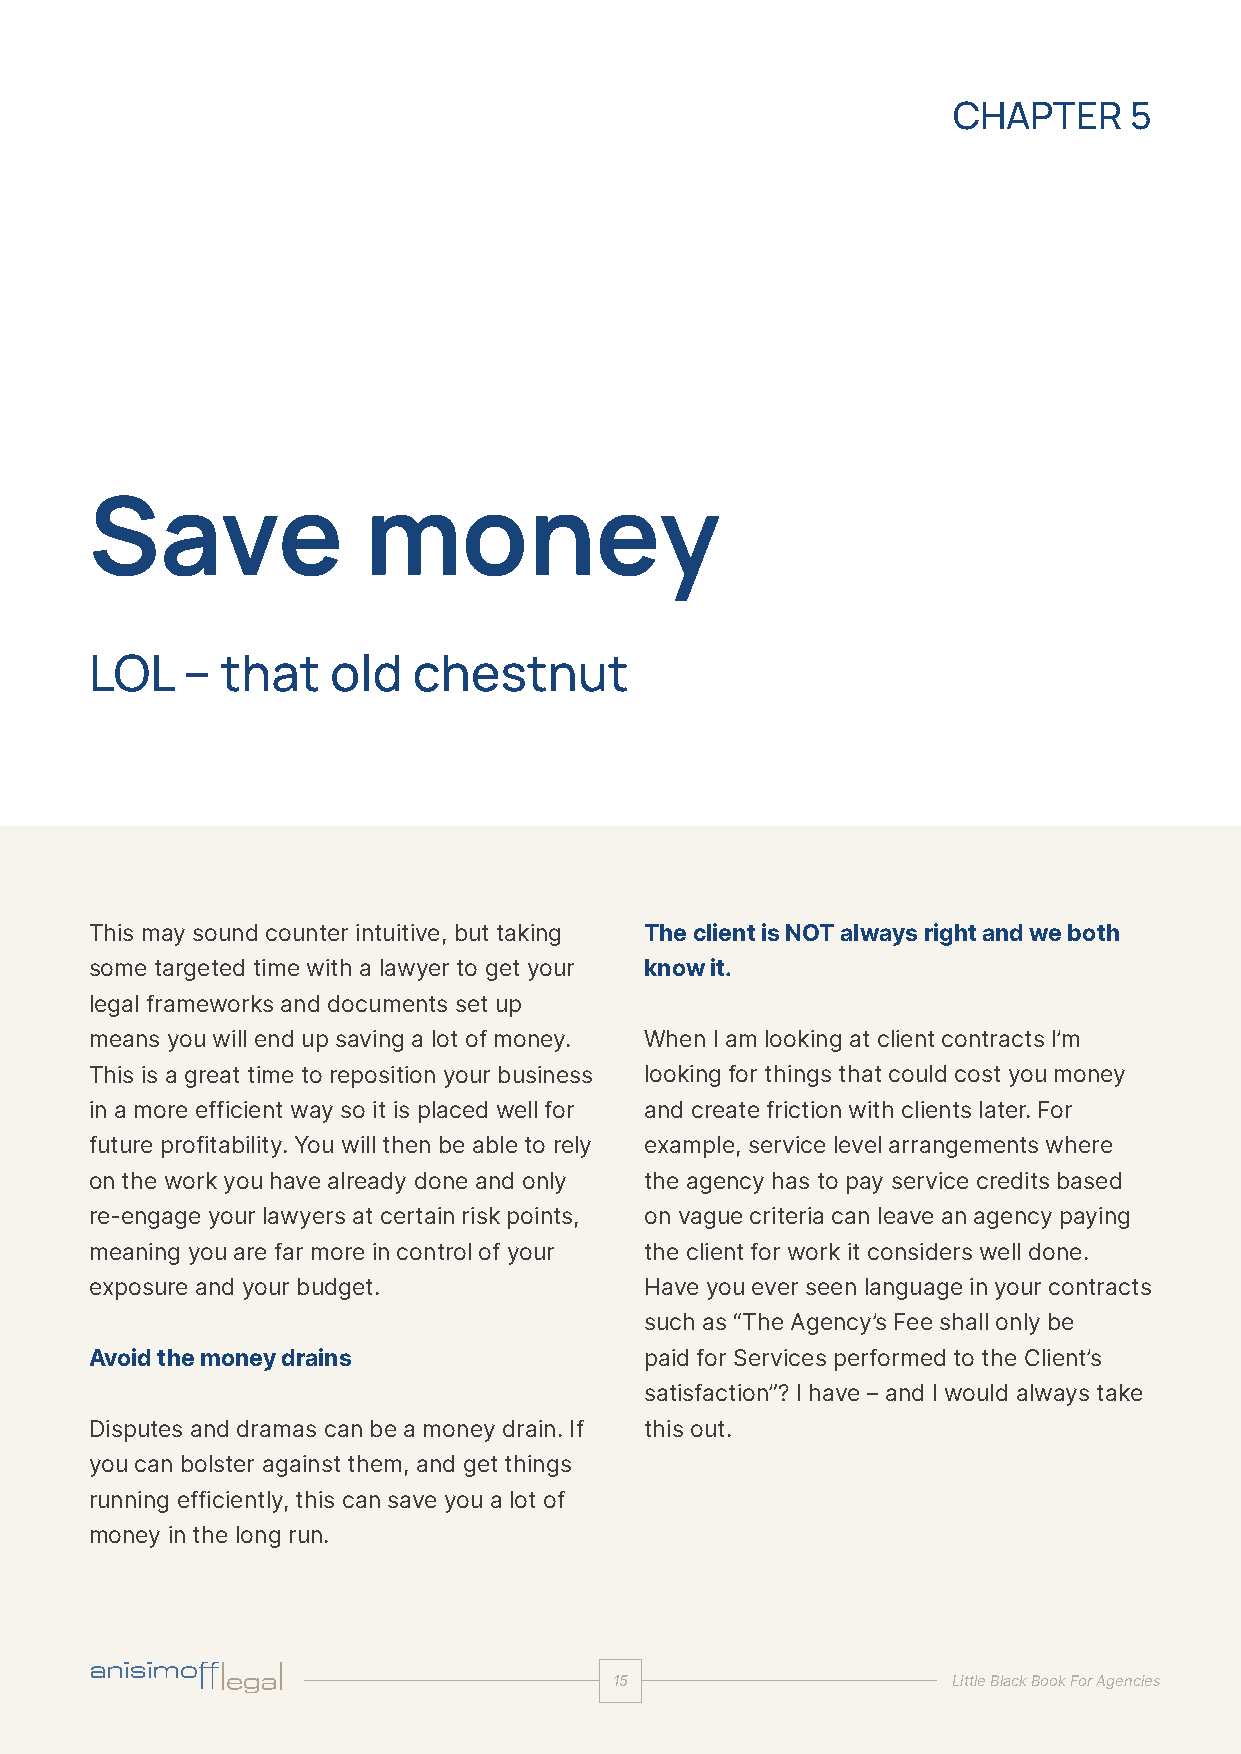
CHAPTER     5
 Save              money
 LOL   –  that   old  chestnut
 This may sound counter intuitive, but taking The client is NOT always right and we both
 some targeted time with a lawyer to get your know it.
 legal frameworks and documents set up
 means you will end up saving a lot of money. When I am looking at client contracts I’m
 This is a great time to reposition your business looking for things that could cost you money
 in a more efficient way so it is placed well for and create friction with clients later. For
 future profitability. You will then be able to rely example, service level arrangements where
 on the work you have already done and only the agency has to pay service credits based
 re-engage your lawyers at certain risk points, on vague criteria can leave an agency paying
 meaning you are far more in control of your the client for work it considers well done.
 exposure and your budget.            Have you ever seen language in your contracts
 such as “The Agency’s Fee shall only be
 Avoid the money drains               paid for Services performed to the Client’s
 satisfaction”? I have – and I would always take
 Disputes and dramas can be a money drain. If this out.
 you can bolster against them, and get things
 running efficiently, this can save you a lot of
 money in the long run.
 1155                  LLiittttllee BBllaacckk BBooookk FFoorr AAggeenncciieess
 ccoommmmeerrcciiaall || aaddvveerrttiissiinngg || mmeeddiiaa || IIPP